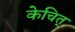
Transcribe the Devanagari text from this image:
केचित्